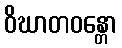
ဝိဃာတဝန္တော